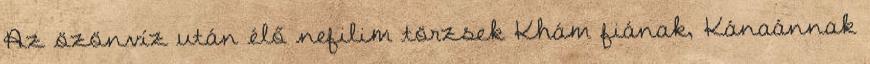
Az özönvíz után élő nefilim törzsek Khám fiának, Kánaánnak